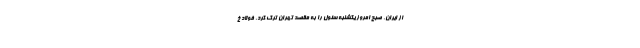
از ایران، صبح امروز یکشنبه سئول را به مقصد تهران ترک کرد. فولاد خ